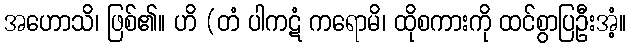
အဟောသိ၊ ဖြစ်၏။ ဟိ (တံ ပါကဋံ ကရောမိ၊ ထိုစကားကို ထင်စွာပြဦးအံ့။